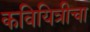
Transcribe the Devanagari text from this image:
कवियित्रीचा